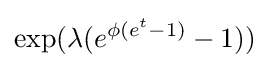
\exp(\lambda (e^{\phi (e^{t}-1)}-1))